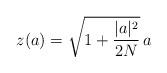
LaTeX: \begin{align*}z(a)=\sqrt{1+\frac{|a|^2}{2N}}\,a \end{align*}